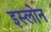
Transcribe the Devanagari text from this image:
इस्लोन